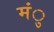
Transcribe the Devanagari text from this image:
मंु